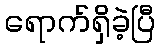
ရောက်ရှိခဲ့ပြီ